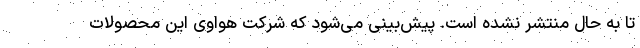
تا به حال منتشر نشده است. پیش‌بینی می‌شود که شرکت هواوی این محصولات